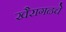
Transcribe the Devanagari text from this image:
खैरागढचे